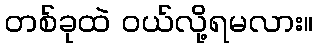
တစ်ခုထဲ ဝယ်လို့ရမလား။